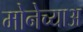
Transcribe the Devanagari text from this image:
मोनेच्याअ